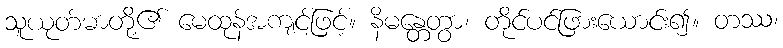
သူယုတ်မာတို့၏ မေထုန်အကျင့်ဖြင့်။ နိမန္တေတွာ၊ တိုင်ပင်ဖြားယောင်း၍။ တဿ၊